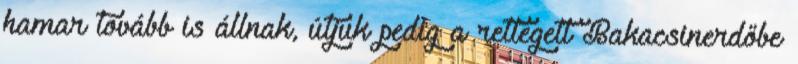
hamar tovább is állnak, útjuk pedig a rettegett Bakacsinerdőbe